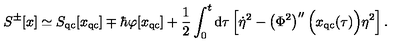
S ^ { \pm } [ x ] \simeq S _ { \mathrm { q c } } [ x _ { \mathrm { q c } } ] \mp \hbar \varphi [ x _ { \mathrm { q c } } ] + \frac { 1 } { 2 } \int _ { 0 } ^ { t } \mathrm { d } \tau \left[ \dot { \eta } ^ { 2 } - \left( \Phi ^ { 2 } \right) ^ { \prime \prime } \Bigl ( x _ { \mathrm { q c } } ( \tau ) \Bigr ) \eta ^ { 2 } \right] .